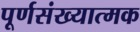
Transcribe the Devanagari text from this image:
पूर्णसंख्यात्मक